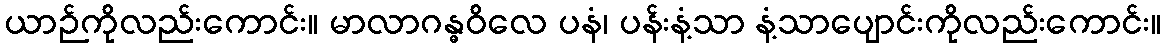
ယာဉ်ကိုလည်းကောင်း။ မာလာဂန္ဓဝိလေ ပနံ၊ ပန်းနံ့သာ နံ့သာပျောင်းကိုလည်းကောင်း။